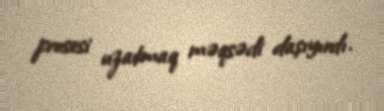
prosesi uzatmaq məqsədi daşıyırdı.